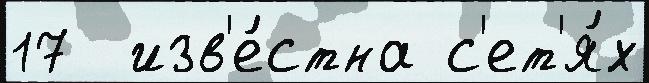
17  изв'е́стна с'ет'я́х